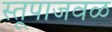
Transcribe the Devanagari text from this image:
स्तूपाजवळ